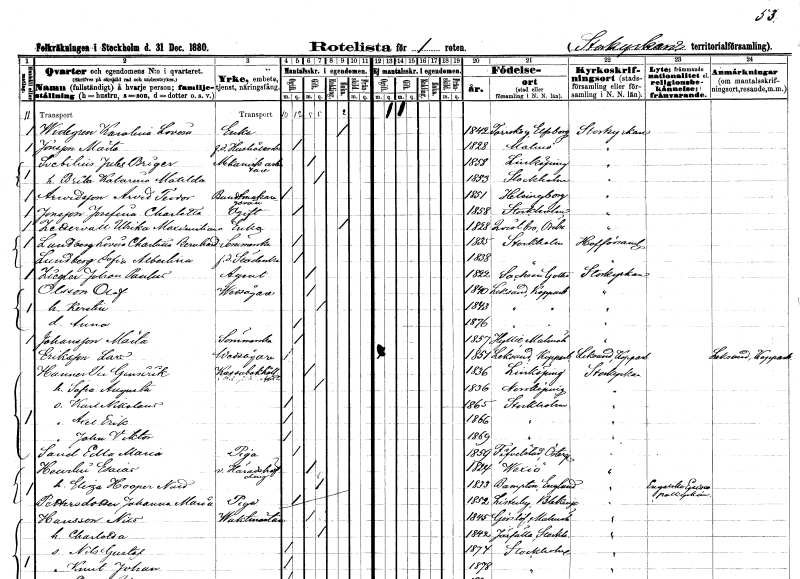
gt_parse: households: individuals: FN: Karolina Lovisa
EN: Widegren
YRKE: Änka
KON: K
CIV: E
FODAR: 1842
FODFORS: Torrskog Älvsborgs län
FN: Märta
EN: Jönsson
YRKE: Hushållerska f.d.
KON: K
CIV: O
FODAR: 1828
FODFORS: Malmö Malmöhus län
FN: Jules Briger
EN: Svebilius
YRKE: Mekanikerarbetare
KON: M
CIV: G
FODAR: 1858
FODFORS: Linköping Östergötlands län
FN: Brita Katarina Matilda
KON: K
CIV: G
FODAR: 1853
FODFORS: Stockholm
FN: Arvid Teodor
EN: Arvidsson
YRKE: Buntmakaregesäll
KON: M
CIV: O
FODAR: 1851
FODFORS: Hälsingborg Malmöhus län
FN: Josefina Charlotta
EN: Jonsson
KON: K
CIV: O
FODAR: 1858
FODFORS: Stockholm
FN: Ulrika Maximiliana
EN: Zedervall
YRKE: Änka
KON: K
CIV: E
FODAR: 1828
FODFORS: Kvistbro Örebro län
FN: Lovisa Charlotta Bernhardina
EN: Lundberg
YRKE: Sömmerska
KON: K
CIV: O
FODAR: 1835
FODFORS: Stockholm
FN: Sofia Albertina
EN: Lundberg
YRKE: Städerska f.d.
KON: K
CIV: O
FODAR: 1838
FODFORS: Stockholm
FN: Johan Paulus
EN: Ziegler
YRKE: Agent
KON: M
CIV: O
FODAR: 1822
FN: Olof
EN: Olsson
YRKE: Vedsågare
KON: M
CIV: G
FODAR: 1840
FODFORS: Leksand Kopparbergs län
FN: Kerstin
KON: K
CIV: G
FODAR: 1843
FODFORS: Leksand Kopparbergs län
FN: Anna
KON: K
CIV: O
FODAR: 1876
FODFORS: Leksand Kopparbergs län
FN: Märta
EN: Johansson
YRKE: Sömmerska
KON: K
CIV: O
FODAR: 1857
FODFORS: Hyllie Malmöhus län
FN: Lars
EN: Eriksson
YRKE: Vedsågare
KON: M
CIV: O
FODAR: 1851
FODFORS: Leksand Kopparbergs län
FN: Per Gensirik
EN: Hanner
YRKE: Kassabokhållare
KON: M
CIV: G
FODAR: 1836
FODFORS: Linköping Östergötlands län
FN: Sofia Augusta
KON: K
CIV: G
FODAR: 1836
FODFORS: Norrköping Östergötlands län
FN: Karl Mikolaus
KON: M
CIV: O
FODAR: 1865
FODFORS: Stockholm
FN: Axel Erik
KON: M
CIV: O
FODAR: 1866
FODFORS: Stockholm
FN: John Viktor
KON: M
CIV: O
FODAR: 1869
FODFORS: Stockholm
FN: Edla Maria
EN: Sand
YRKE: Piga
KON: K
CIV: O
FODAR: 1859
FODFORS: Fivelstad Östergötlands län
FN: Esaias
EN: Heurlin
YRKE: Häradshövding v.
KON: M
CIV: G
FODAR: 1824
FODFORS: Växjö Kronobergs län
FN: Eliza
EN: Hooper Nald
KON: K
CIV: G
FODAR: 1833
FN: Johanna Maria
EN: Pettersdotter
YRKE: Piga
KON: K
CIV: O
FODAR: 1852
FODFORS: Listerby Blekinge län